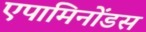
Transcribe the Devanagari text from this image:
एपामिनोंडस